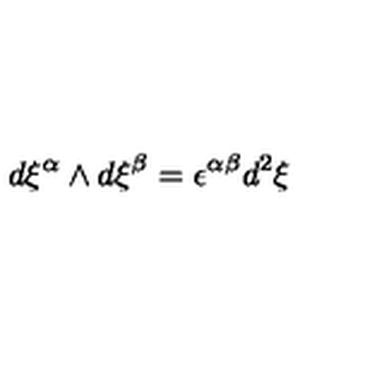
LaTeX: d \xi ^ { \alpha } \wedge d \xi ^ { \beta } = \epsilon ^ { \alpha \beta } d ^ { 2 } \xi